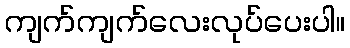
ကျက်ကျက်လေးလုပ်ပေးပါ။